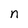
Character: n